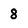
Character: 8